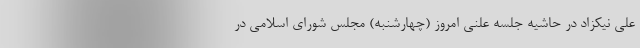
علی نیکزاد در حاشیه جلسه علنی امروز (چهارشنبه) مجلس شورای اسلامی در